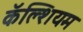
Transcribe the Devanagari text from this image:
कॅॅल्शियम